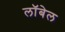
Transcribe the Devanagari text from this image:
लॉबेल